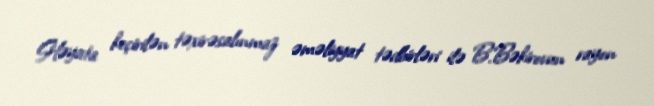
Həyata keçirilən təxirəsalınmaz əməliyyat tədbirləri ilə B.Bəkirovun rayon